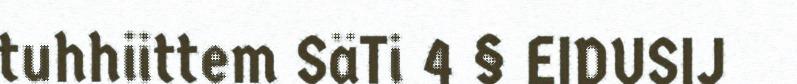
tuhhiittem SäTi 4 § EIDUSIJ